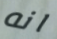
انه